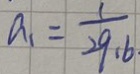
a _ { 1 } = \frac { 1 } { 2 9 : 6 }